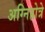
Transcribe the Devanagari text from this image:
अग्निहोत्रे